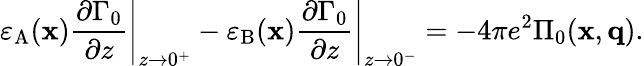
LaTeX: \left.\varepsilon_{\mathrm{A}}(\mathbf{x})\frac{\partial\Gamma_{0}}{\partial z}\right|_{z\to 0^{+}}-\left.\varepsilon_{\mathrm{B}}(\mathbf{x})\frac{\partial\Gamma_{0}}{\partial z}\right|_{z\to 0^{-}}=-4\pi e^{2}\Pi_{0}(\mathbf{x},\mathbf{q}).